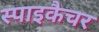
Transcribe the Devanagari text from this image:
स्पाइकैचर